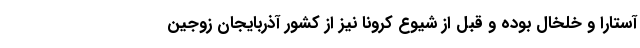
آستارا و خلخال بوده و قبل از شیوع کرونا نیز از کشور آذربایجان زوجین